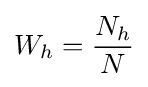
W_{h}={\frac {N_{h}}{N}}